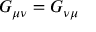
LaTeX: G _ { \mu \nu } = G _ { \nu \mu }